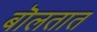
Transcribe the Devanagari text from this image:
बॊलतात